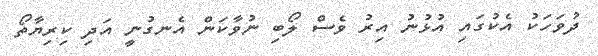
ދުވަހަކު އެކުގައި އުޅުނު އިރު ވެސް ލޯބި ނުވާކަން އެނގުނީ އަދި ކިރިޔާތޯ